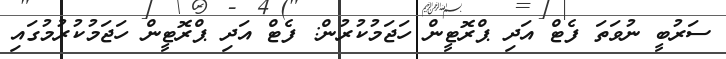
ސަރުބީ ނުވަތަ ފެޓް އަދި ޕްރޮޓީން ހަޖަމުކުރުން: ފެޓް އަދި ޕްރޮޓީން ހަޖަމުކުރުމުގައި